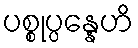
ပစ္စုပ္ပန္နေဟိ